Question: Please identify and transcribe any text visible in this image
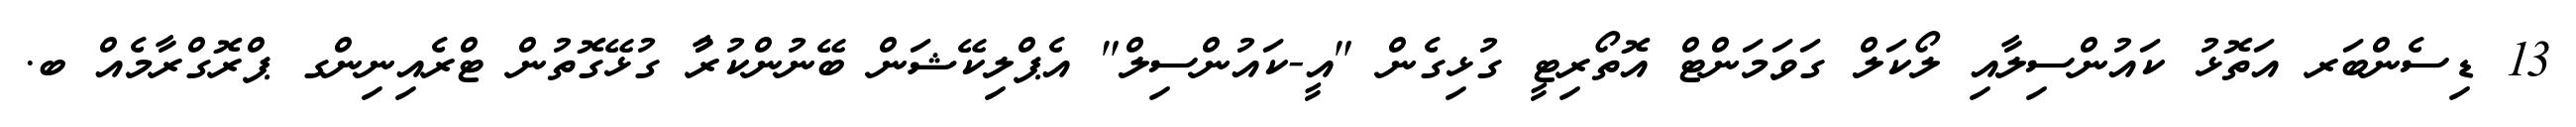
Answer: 13 ޑިސެންބަރ އަތޮޅު ކައުންސިލާއި ލޯކަލް ގަވަމަންޓް އޮތޯރިޓީ ގުޅިގެން "އީ-ކައުންސިލް" އެޕްލިކޭޝަން ބޭނުންކުރުާ ގުޅޭގޮތުން ޓްރެއިނިންގ ޕްރޮގްރާމެއް ބ.